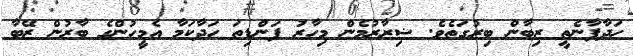
ހަދާފާނެތީ ޒިބާން ބިރުގަތެވެ. ޟިރާރުމެން މިހާރު ފަންޑިތަ ހަދާކަމާ އެމީހުންގެ ބާރުން ޒޭބާ